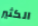
الكثير